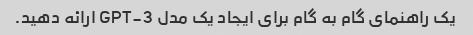
یک راهنمای گام به گام برای ایجاد یک مدل GPT-3 ارائه دهید.